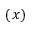
( x )